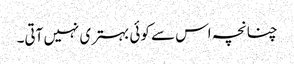
چنانچہ اس سے کوئی بہتری نہیں آتی۔